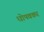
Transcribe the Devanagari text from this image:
धोपवकर